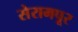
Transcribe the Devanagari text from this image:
सेरामपूर